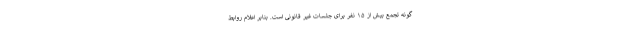
گونه تجمع بیش از ۱۵ نفر برای جلسات غیر قانونی است. بنابر اعلام روابط